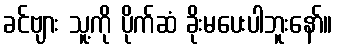
ခင်ဗျား သူ့ကို ပိုက်ဆံ ခိုးမပေးပါဘူးနော်။